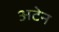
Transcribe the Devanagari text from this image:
अटेन